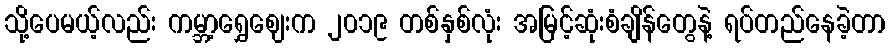
သို့ပေမယ့်လည်း ကမ္ဘာ့ရွှေဈေးက ၂၀၁၉ တစ်နှစ်လုံး အမြင့်ဆုံးစံချိန်တွေနဲ့ ရပ်တည်နေခဲ့တာ